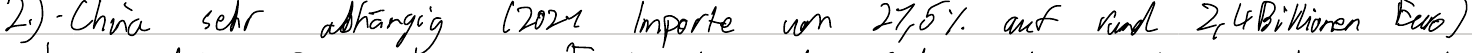
2.) - China sehr abhängig (2021 Importe um 21,5% auf rund 2,4 Billionen Euro)